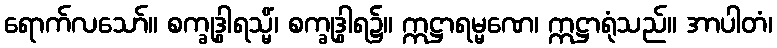
ရောက်လသော်။ စက္ခုဒွါရသ္မိံ၊ စက္ခုဒွါရ၌။ ဣဋ္ဌာရမ္မဏေ၊ ဣဋ္ဌာရုံသည်။ အာပါတံ၊